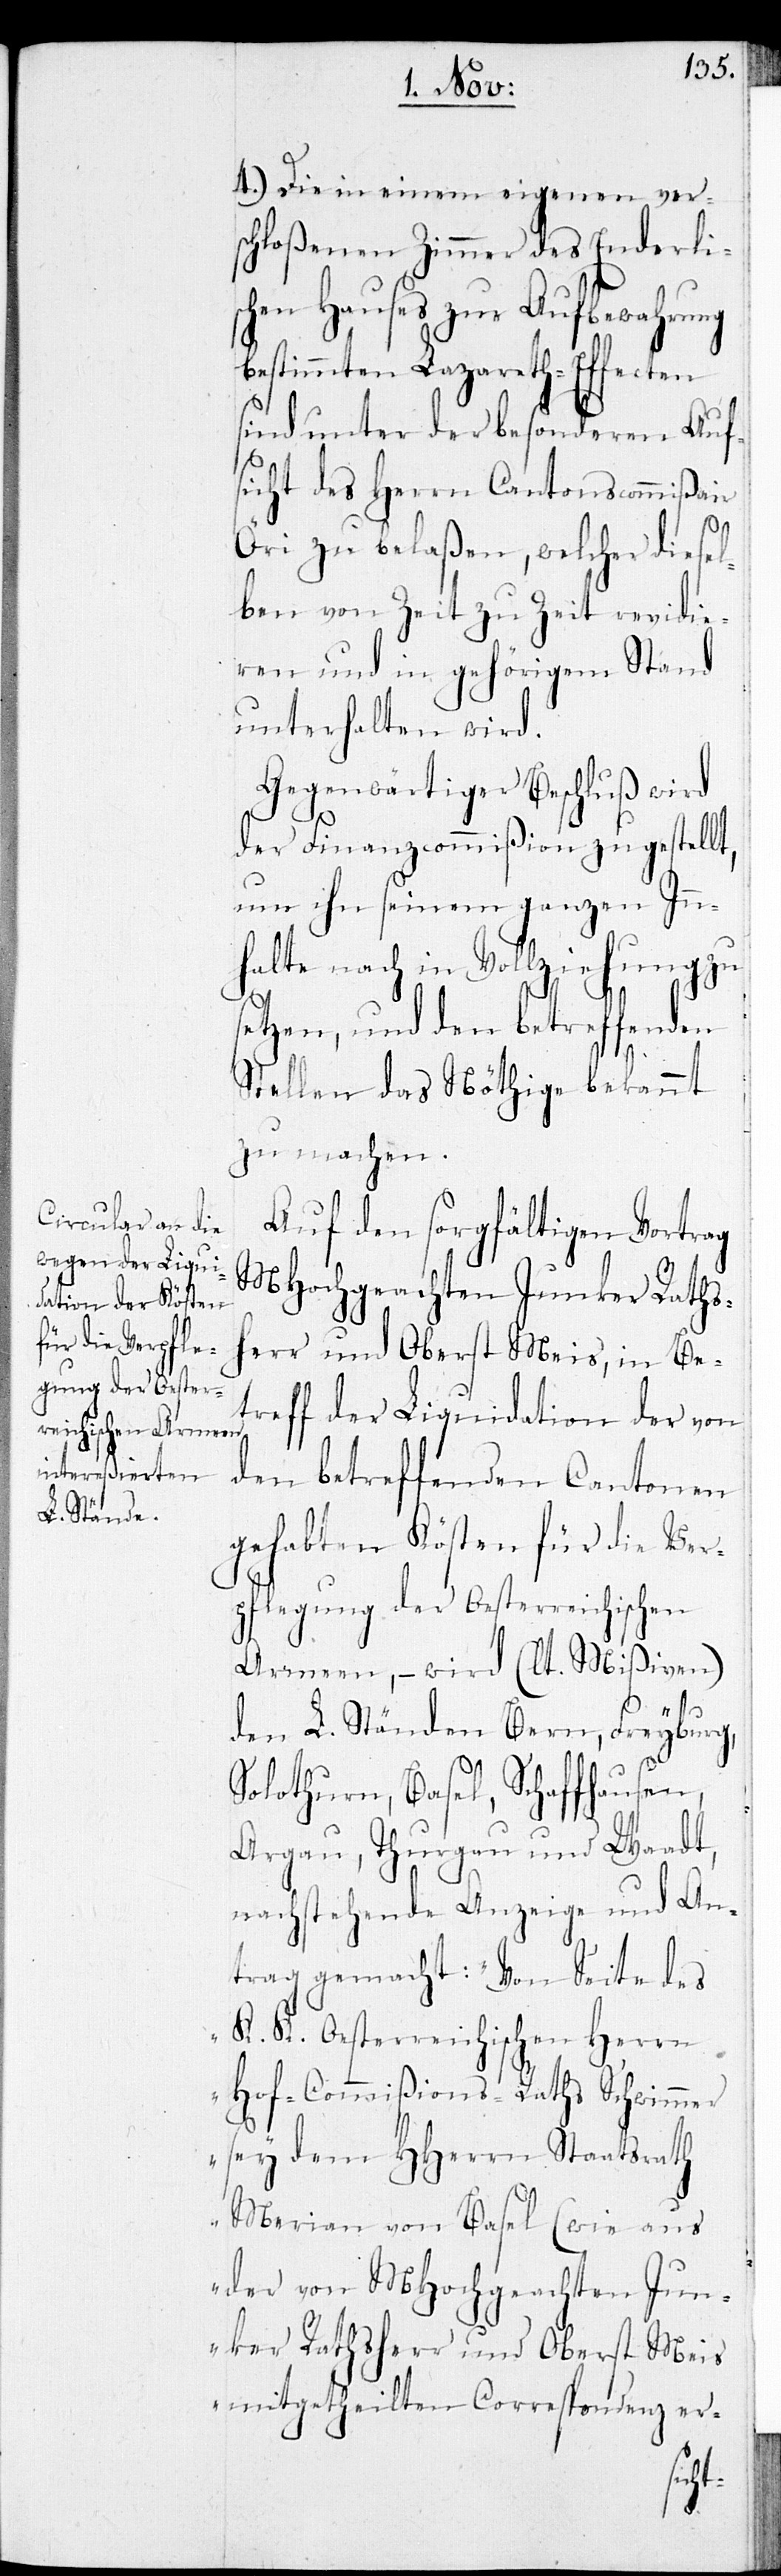
4.) Die in einem eigenen vers¬
chloßenen Zimmer des Enderli¬
schen Hauses zur Aufbewahrung
bestimmten Lazareth-Effecten
sind unter der besonderen Auf¬
sicht des Herrn Cantonscommißair
Öri zu belaßen, welcher diesel¬
ben von Zeit zu Zeit revidie¬
ren und in gehörigem Stand
unterhalten wird.
Gegenwärtiger Beschluß wird
der Finanzcommißion zugestellt,
um ihn seinem ganzen Inn¬
halte nach in Vollziehung zu
setzen, und den betreffenden
Stellen das Nöthige bekannt
zu machen.
Auf den sorgfältigen Vortrag
MHochgeachten Junker Raths¬
herr und Oberst Meis, in Be¬
treff der Liquidation der von
den betreffenden Cantonen
gehabten Kösten für die Ver¬
pflegung der Oesterreichischen
Armeen, – wird (lt. Mißiven)
den L. Ständen Bern, Freyburg,
Solothurn, Basel, Schaffhausen,
Aargau, Thurgau und Waadt,
nachstehende Anzeige und An¬
trag gemacht: „Von Seite des
K. K. Oesterreichischen Herrn
Hof-Commißions-Raths Schwimmer
sey dem HHerrn Staatsrath
Merian von Basel (wie aus
der von MHochgeachten Jun¬
ker Rathsherr und Oberst Meis
mitgetheilten Korrespondenz er-